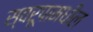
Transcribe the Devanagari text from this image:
स्वरूपामधील